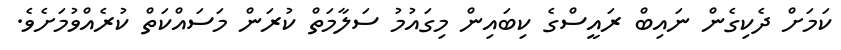
ކަމަށް ދެކިގެން ނައިބް ރައީސްގެ ކިބައިން މިގައުމު ސަލާމަތް ކުރަން މަސައްކަތް ކުރެއްވުމަށެވެ.